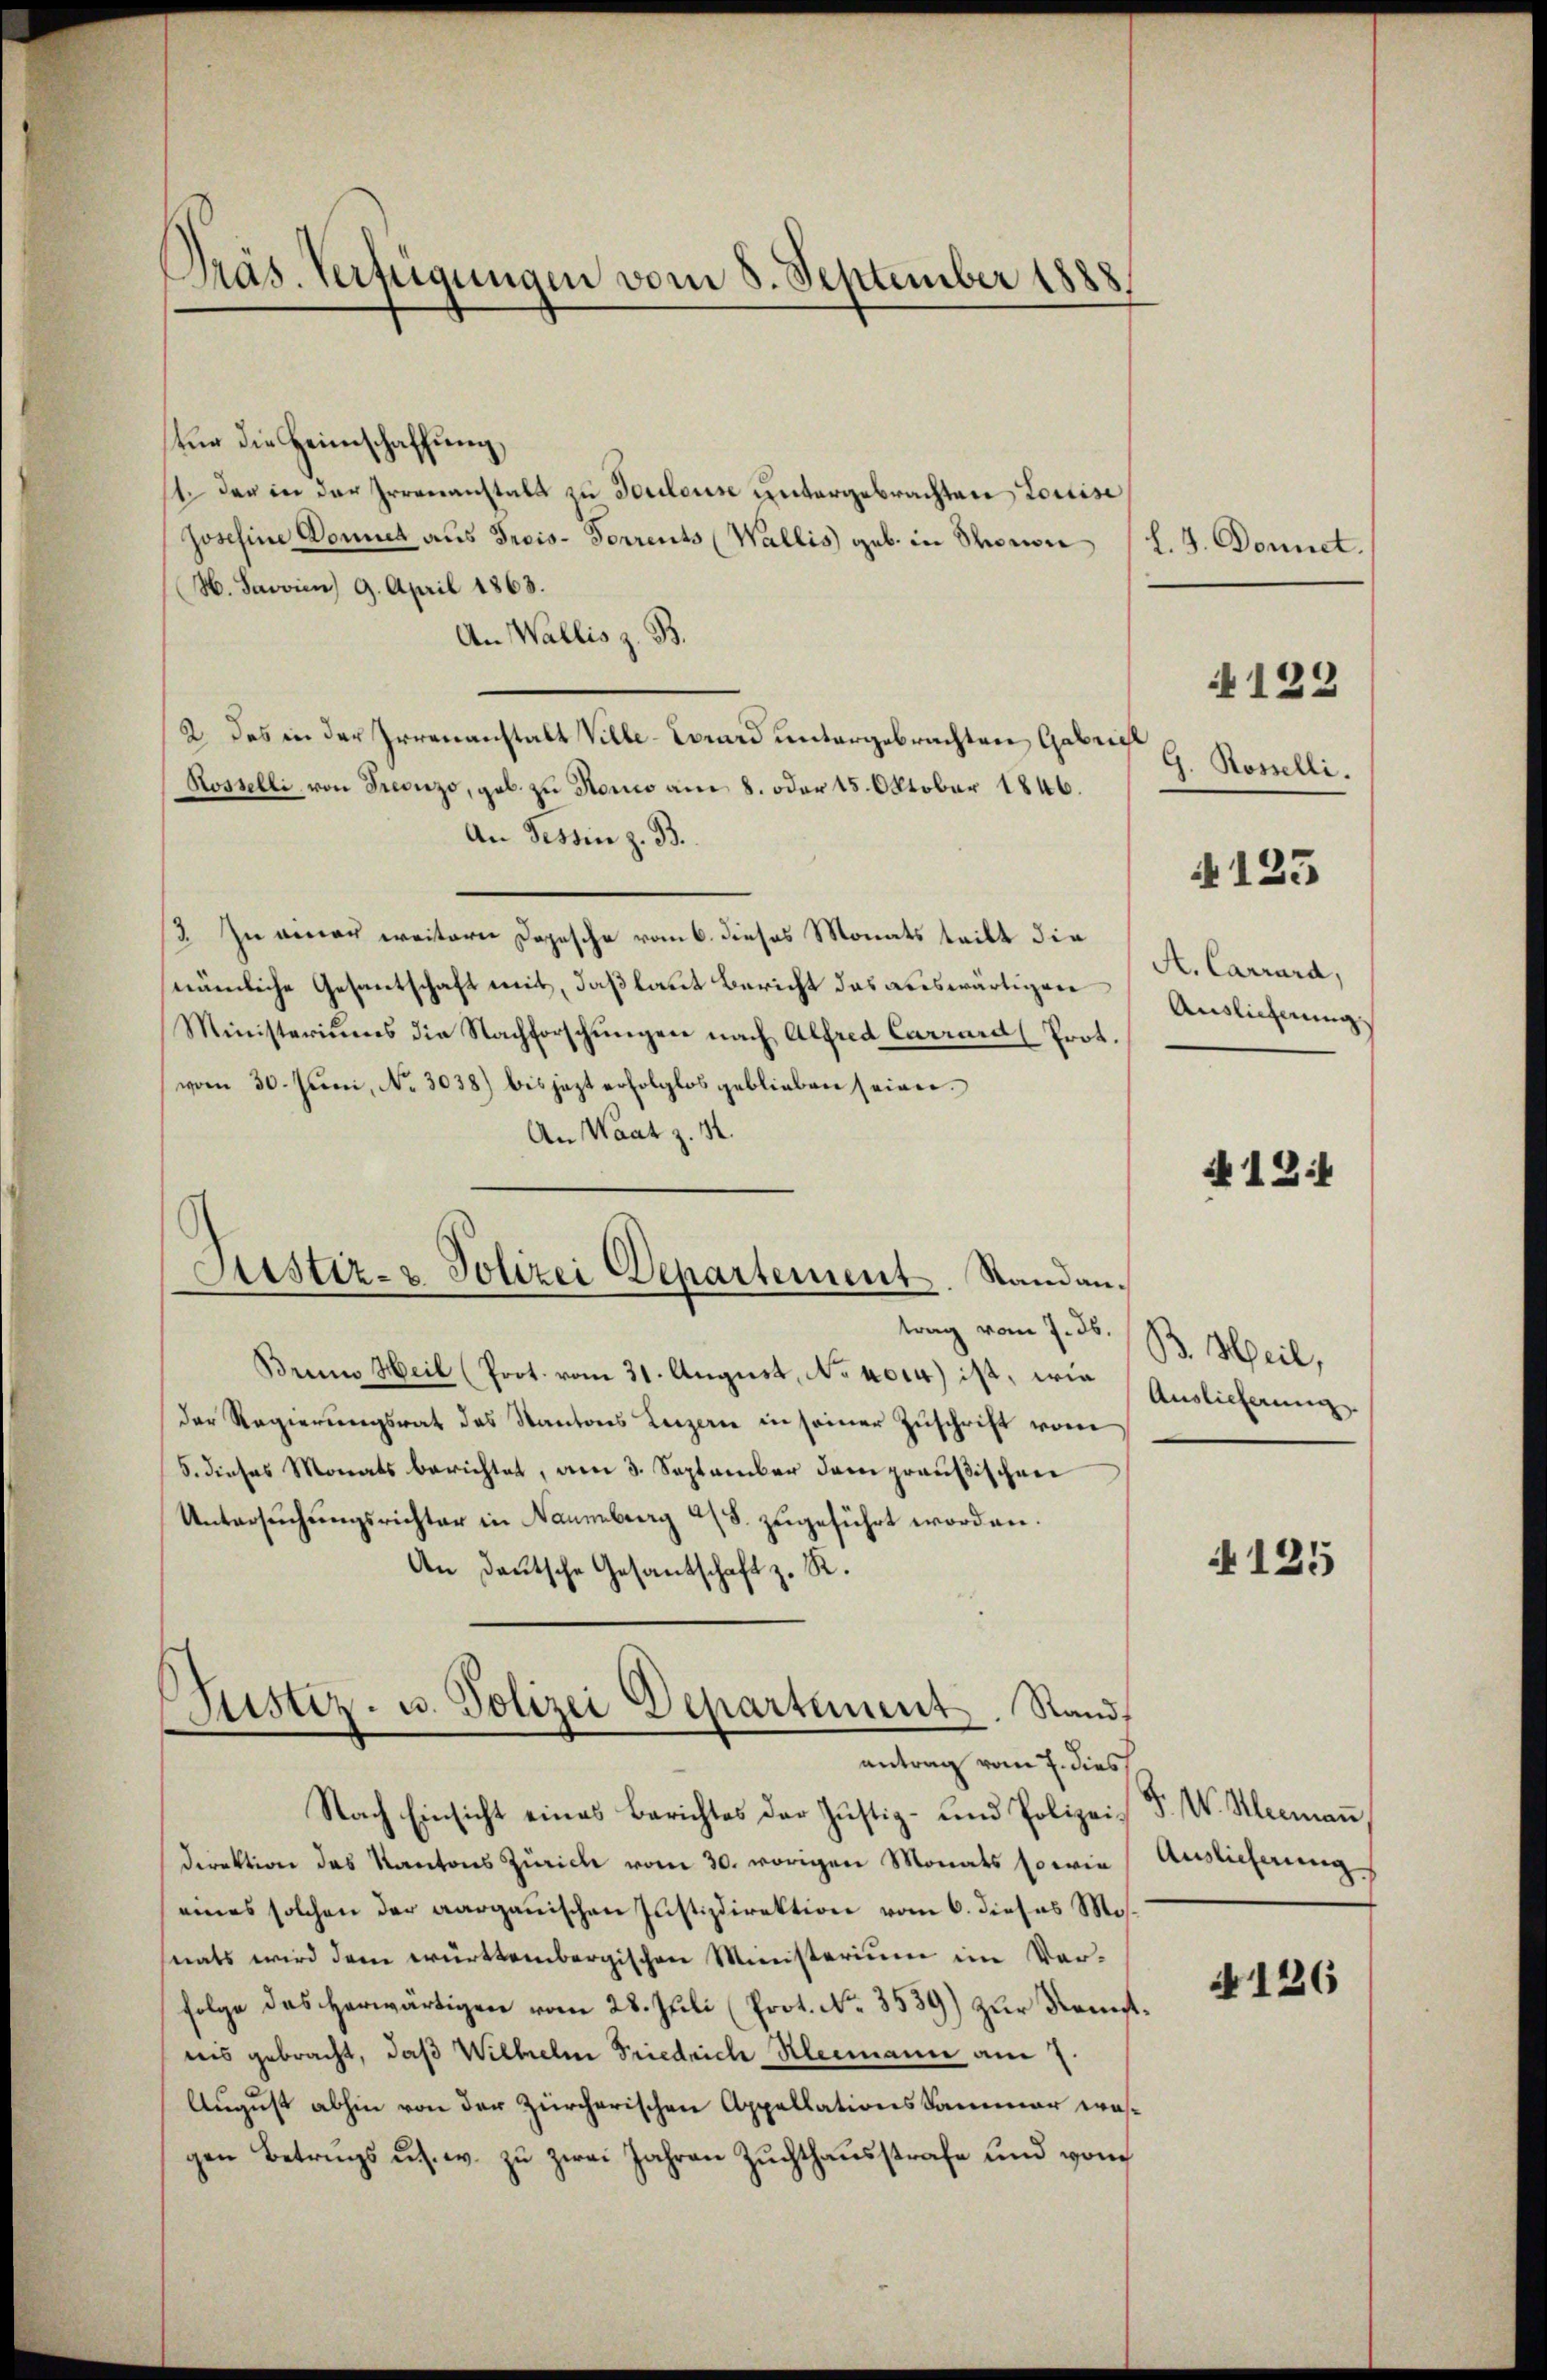
Präs. Verfügungen vom 8. September 1888

für die Heimschaffung
st der in der Irrenanstals zu Touleuse untergebrachten Louise
Joschine Donnet aus Preis- Forrents (Wallis geb. in Schronon
H. Javvien 9. April 1863.
An Wallis z. B.
2. des in der Irrenanstalt Ville-Wrard untergebrachten Gabricht
Rosselli von Trevizo, geb. zŭ Hono am 8. oder 15. Oktober 1846.
An Tessin z. B.
3. In einau weitern Dopesche vom 6. dieses Monats teilt die
nämliche Gesantschaft mit, daß laut Bericht das auswärtigen
Ministeriums die Nachforschungen nach Alfred Carrard Prot.
vom 30. Juni, No. 3038) bis jezt erfolglos geblieben seien.
An Waatz. 34.
trag vom 7. ds.
Brenns Heil (Prot. vom 31. August, No 1014) ist, wie
der Regierungsrat des Kantons Luzern in seiner Zuschrift vom
5. dieses Monats berichtet, am 3. September dem preußischen
Untersŭchŭngsrichter in Naumburg a/S. zugeführt worden.
An deutsche Gesantschaft z. R.
Justiz- u. Polizei Departement. Stand,
antrag vom 7. dies
Nach Einsicht eines Berichtes der Justiz- und Polizeidirektion das Kantons Zürich vom 30. vorigen Monats so wie
eines solchen der aargauischen Justizdirektion vom 6. dieses Mos.
nats wird dem württembergischen Ministerium im Verfolge das herwärtigen vom 28. Juli (Prot. No. 3539) zur Konst
nis gebracht, daß Wilhelm Friedrich Kleimann am 7.
August abhin von der Zürcherischen Appellations Sammer wasgen Betrags u.s. w. zu zwei Jahren Zuchthausstrafe und von

Justiz- & Polizei Departement. Stand an¬

h. 3. Domict.
G. Rosselli.

4122

4125

A. Carrard,
Auslieferung.

A12:1

B. Heil,
Auslieferung

4125

J. V. Kleemann
Auslieferung

4126